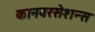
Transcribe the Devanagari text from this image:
कानवरसेशन्स